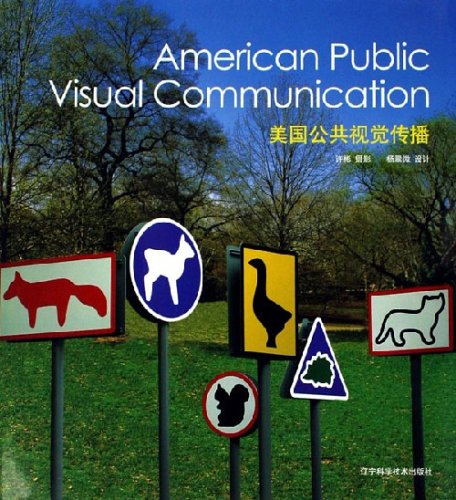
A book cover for American Public Visual Communication; Ciliang Chen; Arts & Photography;